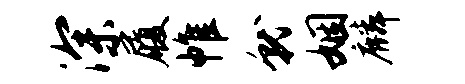
深履帷就姻麟